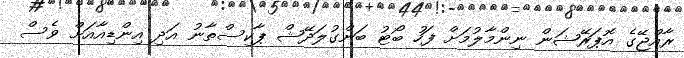
ރާއްޖޭގެ އޮޕަރޭޝަން ނިންމާލުމަށް ފަހު ބޯޓު ބަންގުލަދޭޝް ޕާކިސްތާނު އަދި އިންޑިއާއަށް ވެސް